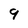
Character: 9